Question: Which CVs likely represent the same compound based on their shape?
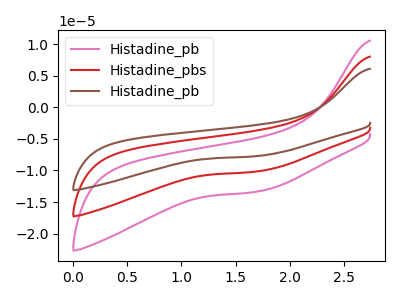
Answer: <think>The pink curve "Histadine_pb" has no peaks. The red curve "Histadine_pbs" has no peaks. The brown curve "Histadine_pb" has no peaks.
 Neither "Histadine_pb" or "Histadine_pbs" have any peaks. Neither "Histadine_pb" or "Histadine_pb" have any peaks. Neither "Histadine_pbs" or "Histadine_pb" have any peaks.</think>
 <answer>"Histadine_pb", "Histadine_pbs" and "Histadine_pb" have the same shape and are likely CV's of the same chemical.</answer>
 <eval>"Histadine_pb" "Histadine_pbs" "Histadine_pb"</eval>